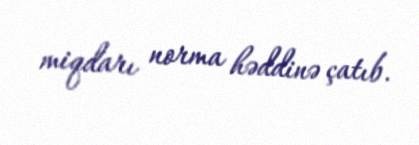
miqdarı norma həddinə çatıb.